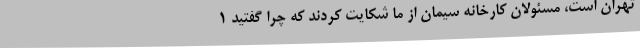
تهران است، مسئولان کارخانه سیمان از ما شکایت کردند که چرا گفتید 1